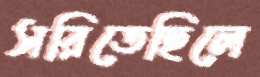
সরিতেছিলে